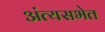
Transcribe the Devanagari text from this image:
अंत्यसभेत